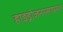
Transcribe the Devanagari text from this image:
हाइड्रोजनरसायनत